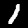
Digit: 1